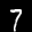
Label: 7